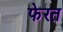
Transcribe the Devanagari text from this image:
फेरत